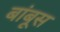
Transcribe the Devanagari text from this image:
बांबूस